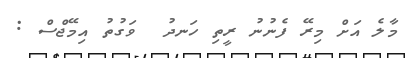
މާލެ އަށް މިރޭ ފެނުނު ރީތި ހަނދު  ވަގުތު އިމޭޖްސް :